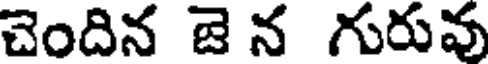
చెందిన జె న గురువు